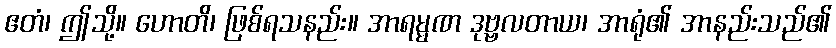
ဧတံ၊ ဤသို့။ ဟောတိ၊ ဖြစ်ရသနည်း။ အာရမ္မဏ ဒုဗ္ဗလတာယ၊ အာရုံ၏ အာနည်းသည်၏